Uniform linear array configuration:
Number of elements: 8
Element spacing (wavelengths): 0.5
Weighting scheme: hann
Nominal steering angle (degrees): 60
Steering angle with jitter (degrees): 59.875
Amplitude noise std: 0.05
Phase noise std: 0.05

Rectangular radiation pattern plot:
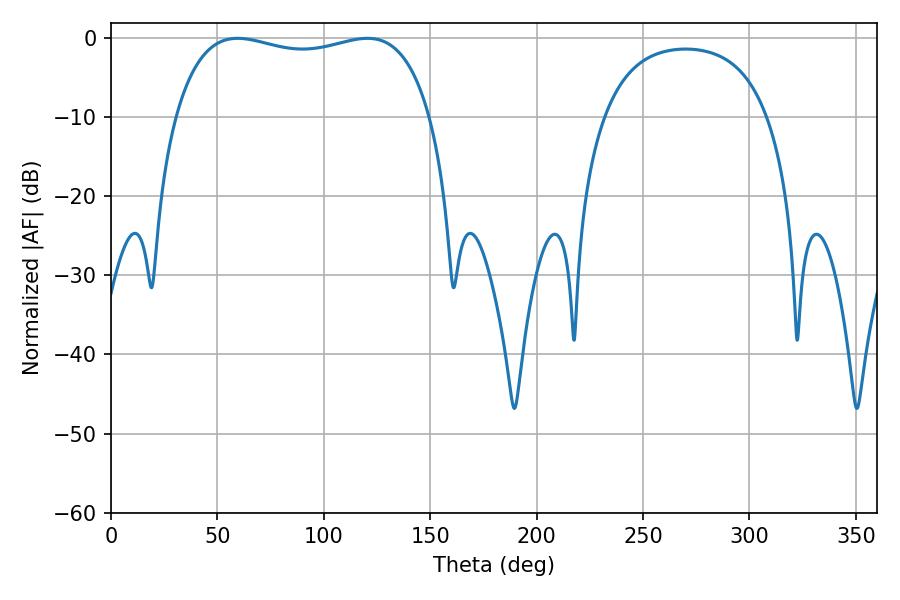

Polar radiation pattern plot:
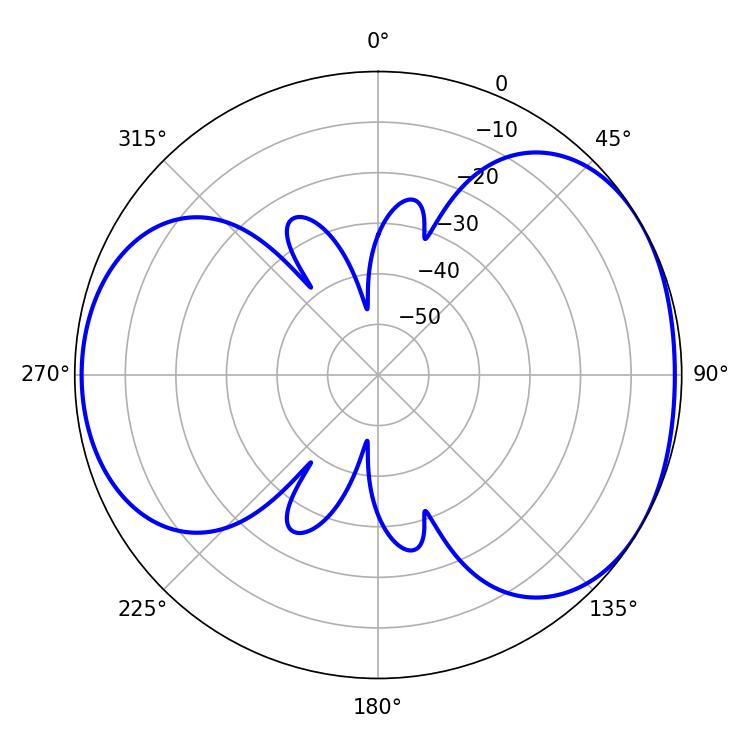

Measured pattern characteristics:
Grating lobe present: FALSE
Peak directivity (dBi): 4.503
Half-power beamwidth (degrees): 97.56
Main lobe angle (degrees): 59.58